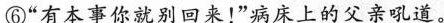
⑥”有本事你就别回来！”病床上的父亲吼道。